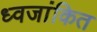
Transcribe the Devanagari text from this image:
ध्वजांकित